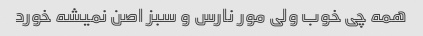
همه چی خوب ولی مور نارس و سبز اصن نمیشه خورد